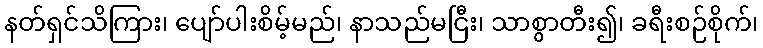
နတ်ရှင်သိကြား၊ ပျော်ပါးစိမ့်မည်၊ နာသည်မငြီး၊ သာစွာတီး၍၊ ခရီးစဉ်စိုက်၊